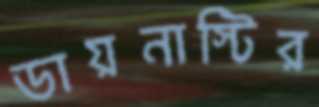
ডায়নাস্টির